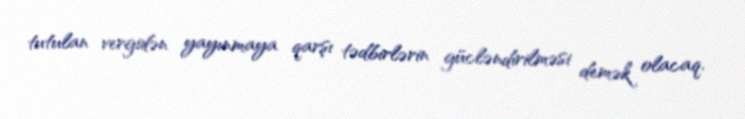
tutulan vergidən yayınmaya qarşı tədbirlərin gücləndirilməsi demək olacaq.